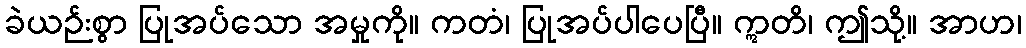
ခဲယဉ်းစွာ ပြုအပ်သော အမှုကို။ ကတံ၊ ပြုအပ်ပါပေပြီ။ ဣတိ၊ ဤသို့။ အာဟ၊